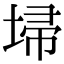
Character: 埽